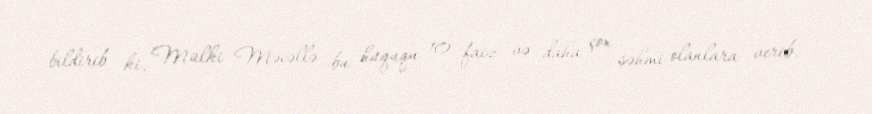
bildirib ki, Mülki Məcəllə bu hüququ 10 faiz və daha çox səhmi olanlara verib.